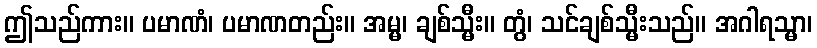
ဤသည်ကား။ ပမာဏံ၊ ပမာဏတည်း။ အမ္မ၊ ချစ်သ္မီး။ တွံ၊ သင်ချစ်သ္မီးသည်။ အဂါရသ္မာ၊